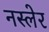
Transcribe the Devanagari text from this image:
नस्लेर